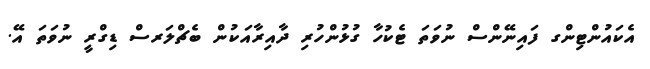
އެކައުންޓިންގ ފައިނޭންސް ނުވަތަ ޓެކުހާ ގުޅުންހުރި ދާއިރާއަކުން ބެޗްލަރސް ޑިގްރީ ނުވަތަ އޭ.